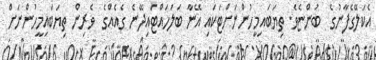
އެކަލޭގެފާނުގެ  ބުންޏެވެ. ތިޔަބައިމީހުންނަށްޓަކައި އޭނާ ބަލަހައްޓައިދޭނެ ގެއެއްގެ  ވެރިން ތިޔަބައިމީހުންނަށް